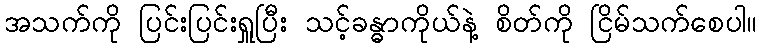
အသက်ကို ပြင်းပြင်းရှူပြီး သင့်ခန္ဓာကိုယ်နဲ့ စိတ်ကို ငြိမ်သက်စေပါ။